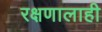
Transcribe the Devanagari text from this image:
रक्षणालाही